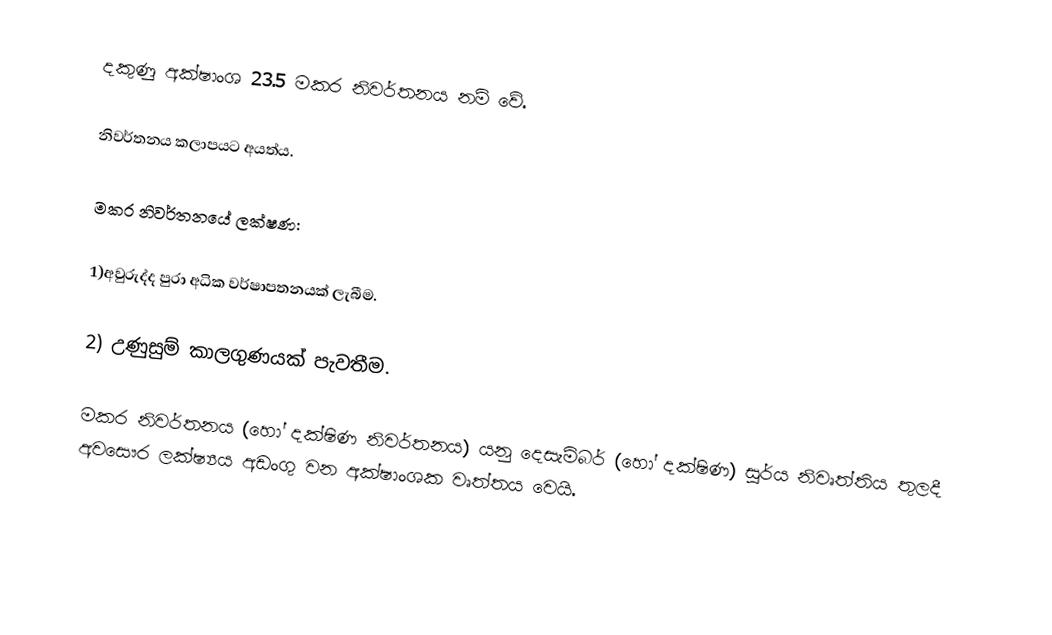
දකුණු අක්ෂාංශ 23.5  මකර නිවර්තනය නම් වේ.

නිවර්තනය කලාපයට අයත්ය.

මකර නිවර්තනයේ ලක්ෂණ:

1)අවුරුද්ද පුරා අධික වර්ෂාපතනයක් ලැබීම.

2) උණුසුම් කාලගුණයක් පැවතීම.

මකර නිවර්තනය (හෝ දක්ෂිණ නිවර්තනය) යනු  දෙසැම්බර් (හෝ දක්ෂිණ) සූර්ය නිවෘත්තිය තුලදී අවසෞර ලක්ෂ්‍යය අඩංගු වන  අක්ෂාංශක වෘත්තය වෙයි.